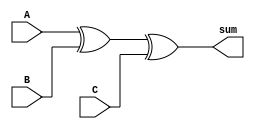
module carry_save_adder (
    input [7:0] A,
    input [7:0] B,
    input [7:0] C,
    output [7:0] sum
);

wire [7:0] P1, P2, P3;

assign P1 = A ^ B;
assign sum = P1 ^ C;

assign P2 = (A & B) | (P1 & C);

assign P3 = (A & B & C);

endmodule